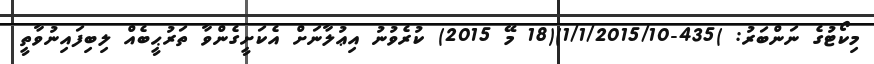
މިކޯޓުގެ ނަންބަރު: )435-1/1/2015/10)(18 މޭ 2015) ކުރެވުނު އިޢުލާނަށް އެކަށީގެންވާ ތަރުޙީބެއް ލިބިފައިނުވާތީ